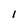
Character: l